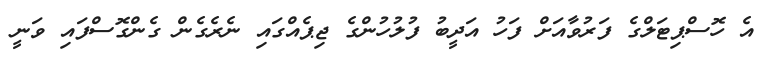
އެ ހޮސްޕިޓަލްގެ ފަރުވާއަށް ފަހު އަދީބު ފުލުހުންގެ ޖިޕެއްގައި ނެރެގެން ގެންގޮސްފައި ވަނީ